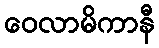
ဝေလာမိကာနီ